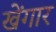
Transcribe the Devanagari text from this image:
खेंगार